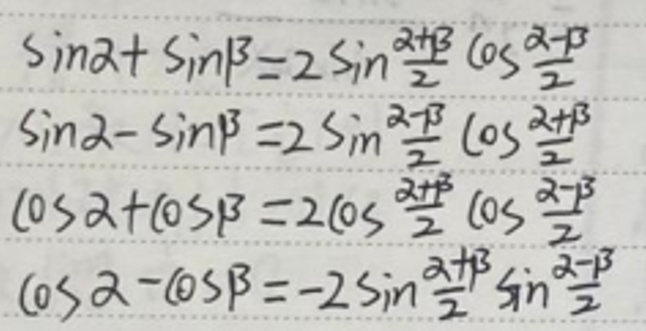
\[
\begin{align*}
\sin\alpha+\sin\beta&=2\sin\frac{\alpha + \beta}{2}\cos\frac{\alpha - \beta}{2}\\
\sin\alpha-\sin\beta&=2\sin\frac{\alpha - \beta}{2}\cos\frac{\alpha + \beta}{2}\\
\cos\alpha+\cos\beta&=2\cos\frac{\alpha + \beta}{2}\cos\frac{\alpha - \beta}{2}\\
\cos\alpha-\cos\beta&=-2\sin\frac{\alpha + \beta}{2}\sin\frac{\alpha - \beta}{2}
\end{align*}
\]